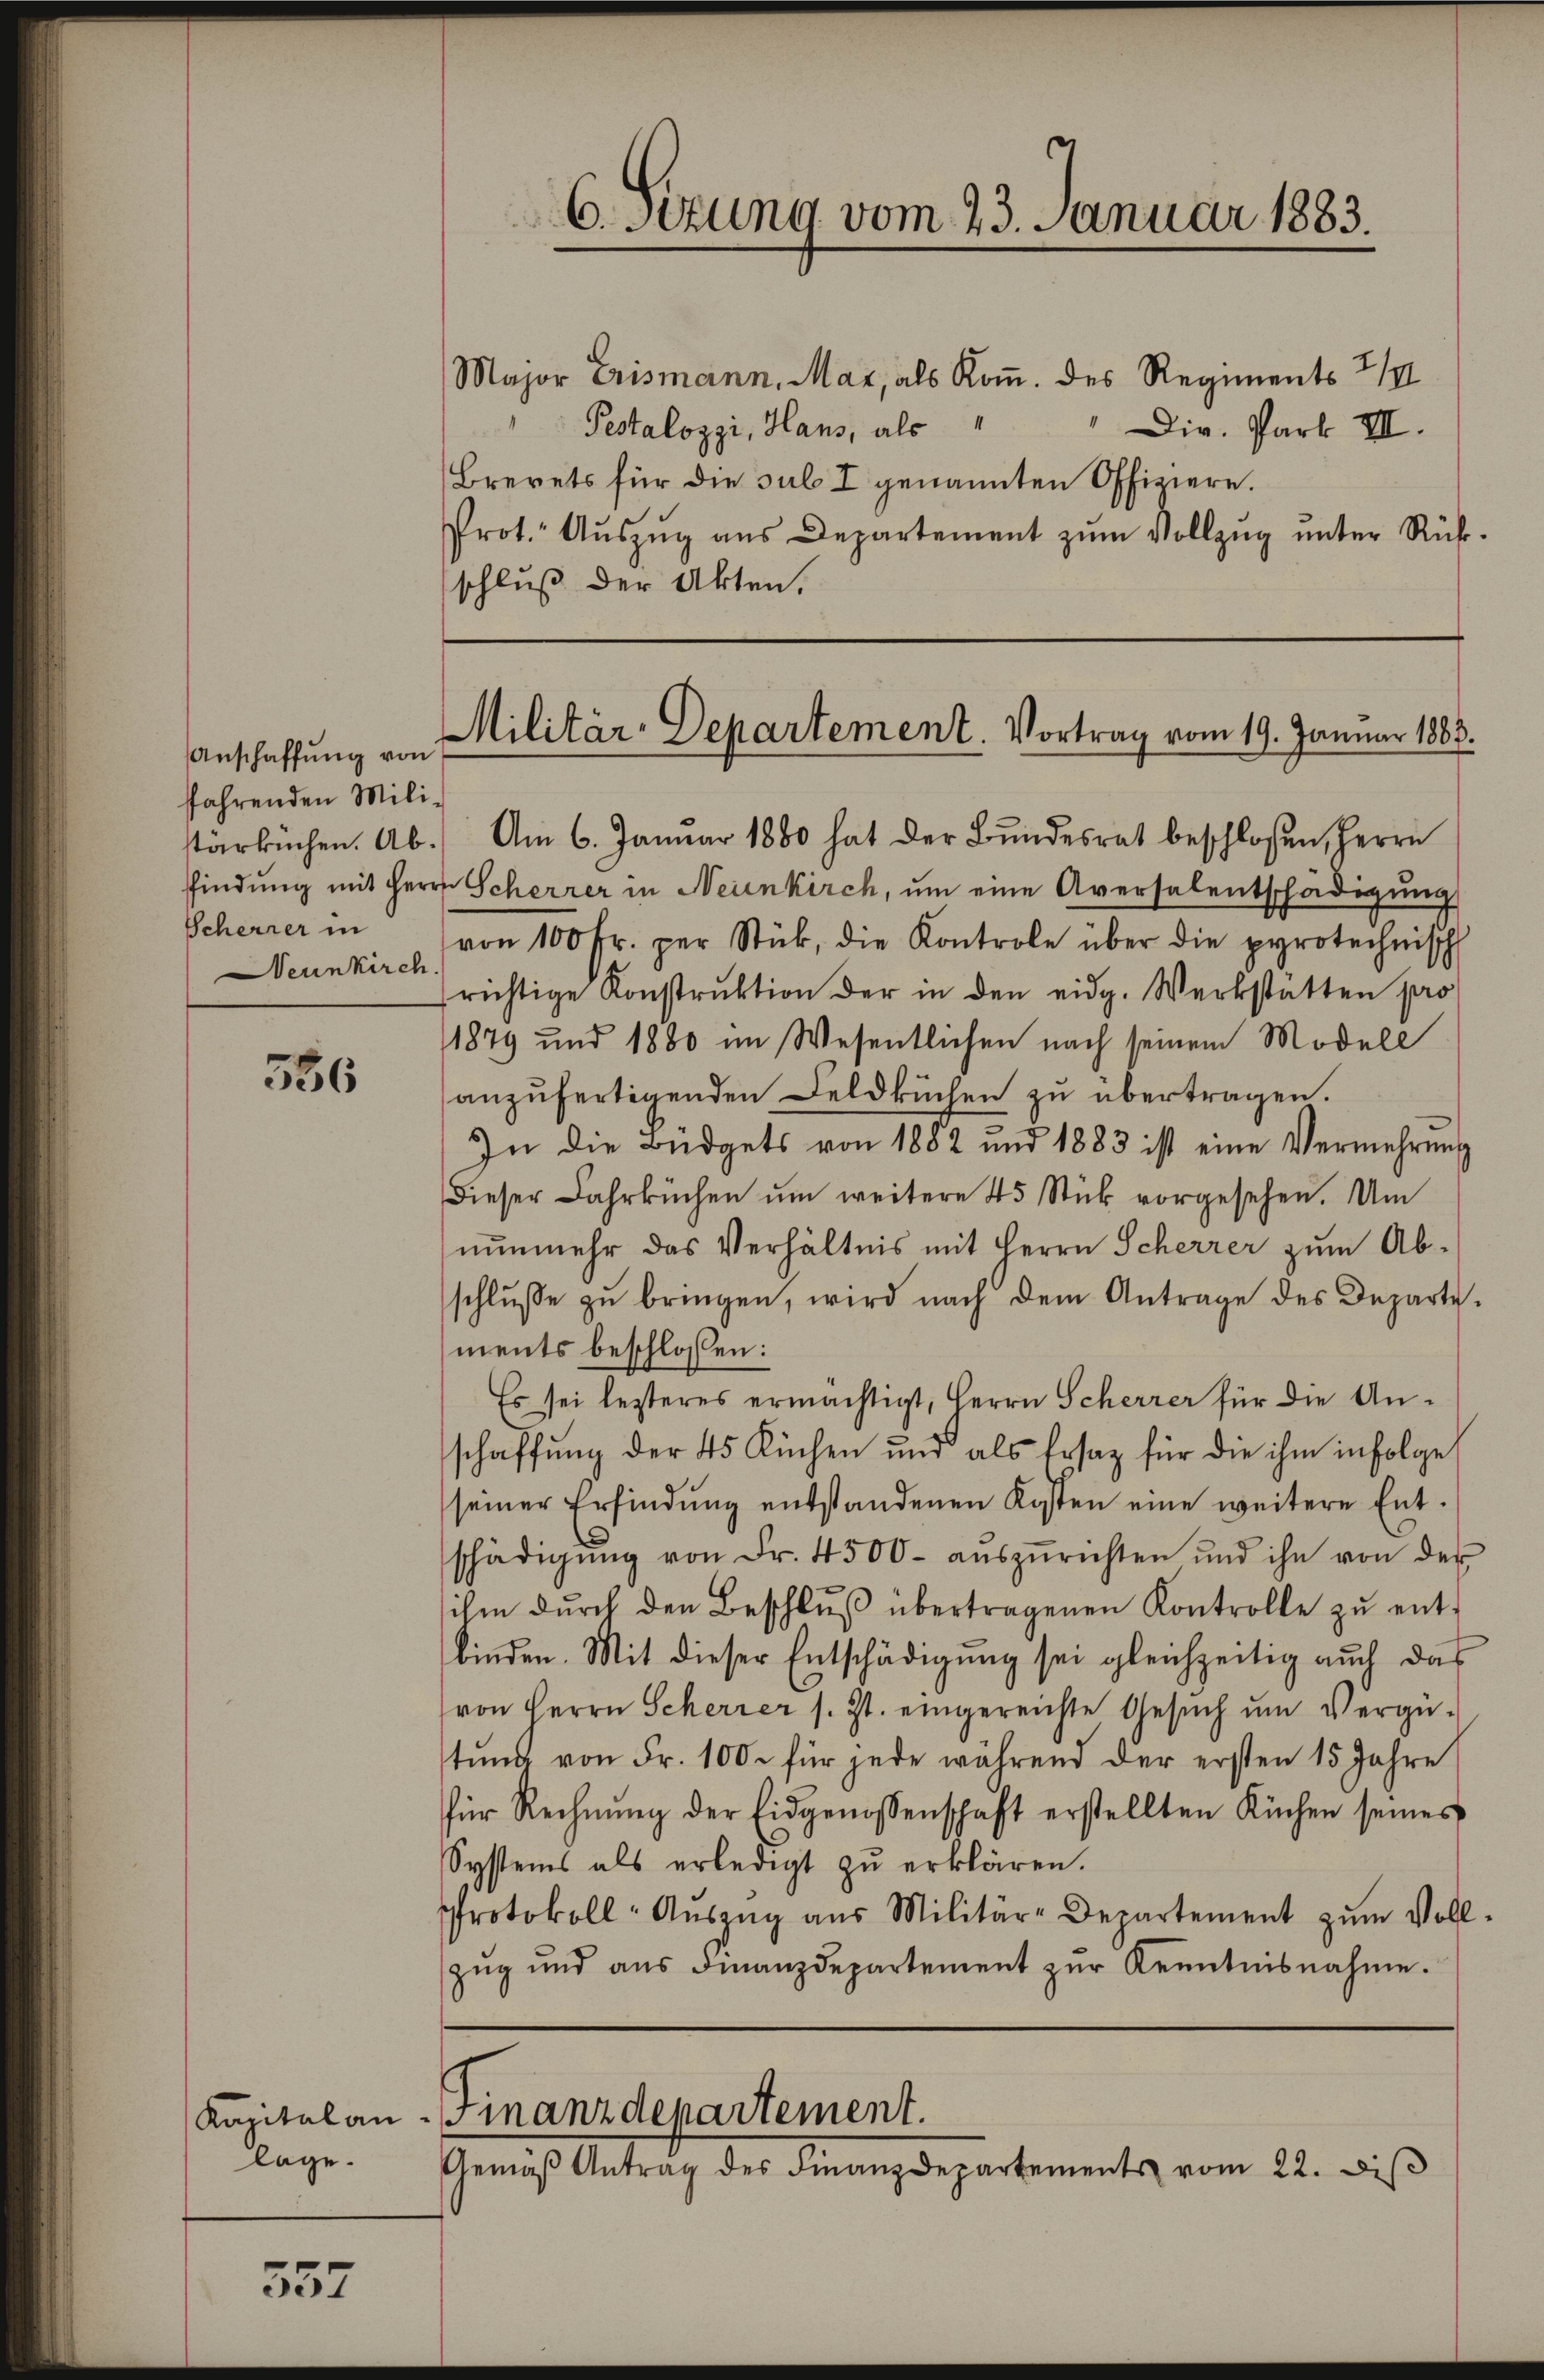
6. sezung vom 23. Januar 1883.

Major Erismann, Mar, als Kom. des Regiments III
Pestalozzi, Haus, als
" Dir. Park III.
Brevets für die sub I genannten Offiziere.
Prot. Aŭszŭg aŭs Departement zŭm Vollzŭg ŭnter Rück-
schluß der Akten.

Militär-Departement. Vortrag vom 19. Januar 1883.

Anschaffung von
ffahrenden Mili¬
Scheurer in
Deunkirch

tärbüchen. Ab. Am 6. Januar 1880 hat der Bundesrat beschlossen, Herrn
ffindung mit Herr Scherrer in Neuenkirch, um eine Aversalentschädigung
von 100 Fr. per Stück, die Kontrole über die protechnisch
richtige Konstrŭktion der in den eidg. Werkstätten pro
1879 und 1880 im Wesentlichen nach seinem Modell
anzŭfertigenden Feldküchen zŭ übertragen.
In die Büdgets von 1882 und 1883 ist eine Vermehrung
dieser Jahrbüchen ŭm weitere 45 Stück vorgesehen. Um
nunmehr das Verhältnis mit Herrn Scherrer zum Ab-
schlŭsse zŭ bringen, wird nach dem Antrage des Departements beschlossen:
Es sei lesteres ermächtigt, Herrn Scherrer für die Anschaffung der 45 Küchen und als Ersatz für die ihm infolge
seiner Erfindung entstandenen Kosten eine weitere Ent-
schädigŭng von Fr. 4500- aŭszŭrichten und ihn von der
ihm dŭrch den Beschlŭβ übertragenen Kontrolle zŭ ent-
binden. Mit dieser Entschädigung sei gleichzeitig auch das
von Herrn Scherrer s. Zt. eingereichte Gesŭch ŭm Vergü-
stŭng von Fr. 100. für jede während der ersten 15 Jahre
für Rechnŭng der Eidgenossenschaft erstellten Küchen seines
Systems als erledigt zu erklären.
Protokoll- Aŭszŭg aŭs Militär-Departement zŭm Voll-
zŭg und aŭs Finanzdepartement zŭr Kenntnisnahme.

356

Finanzdepartement.
Gemäβ Antrag des Finanzdepartements vom 22. Di

Kapital an
lage.

557